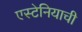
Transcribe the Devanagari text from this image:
एस्टेनियाची